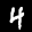
Label: 4